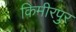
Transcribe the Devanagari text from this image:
किमीरपुर